Newspaper: Pioche daily record. [volume]
Place of publication: Pioche, Nev.
Publisher: Pat Holland
Date: 1875-11-13 00:00:00
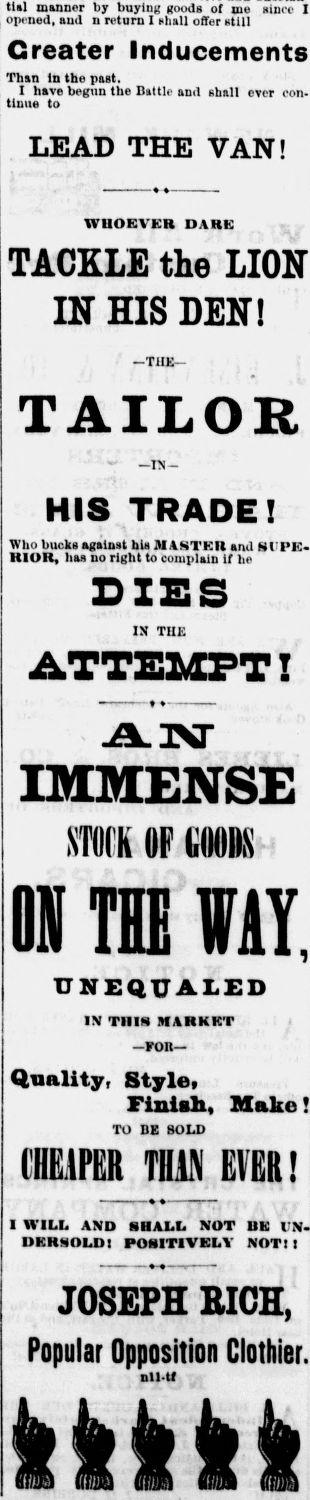
Advertisement text (OCR):
tial manner by buying goodB of me since I opened, and n return I shall offer still Greater Inducements Than In the past. I have begun the Battle and shall ever con tinue to LEAD THE VAN! WHOEVER DARK TACKLE the LION IN HIS DEN! THE TAILOR - IN HIS TRADE! Who bucks against his M ASTKIt and SI PE. HIOK, has no right to complain if he DIES IN TUB ATTEMPT! ON IMMENSE STOCK OF GOODS TEE WAY, UNEQUALED IN Till MARKET FOR Quality, Style, Finish, Make! TO BE BOLD CHEAPER THIN EVER! I WILL AND SHALL NOT BE I N. DER90LDI POSITIVELY NOT 1 1 JOSEPH BIGS, Popular Opposition Clothier. nil tf
Label: text-only